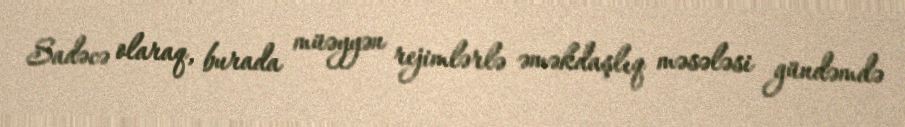
Sadəcə olaraq, burada müəyyən rejimlərlə əməkdaşlıq məsələsi gündəmdə